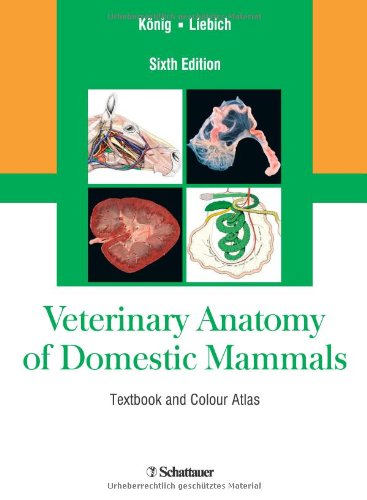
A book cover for Veterinary Anatomy of Domestic Mammals: Textbook and Colour Atlas, Sixth Edition; Horst Erich KÃ¶nig; Medical Books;